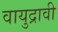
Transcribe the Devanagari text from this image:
वायुद्रावी